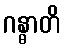
ဂန္ဓာတိ